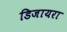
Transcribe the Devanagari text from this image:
डिजायरा